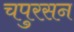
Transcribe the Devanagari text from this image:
चपुरसन